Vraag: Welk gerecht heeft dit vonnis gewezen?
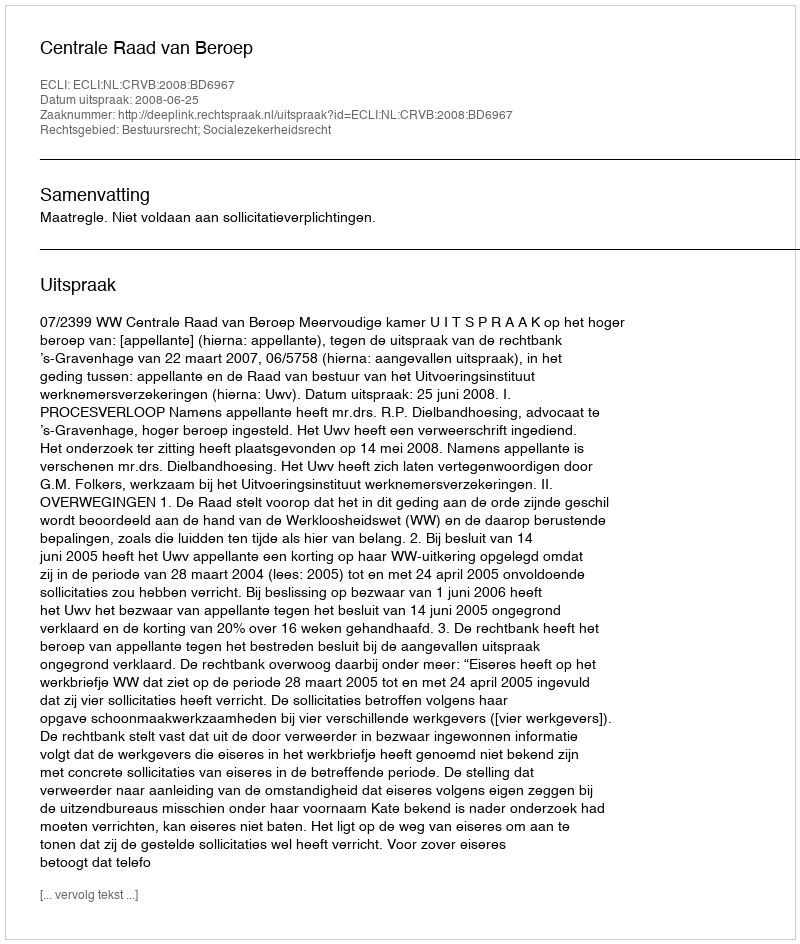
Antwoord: Centrale Raad van Beroep